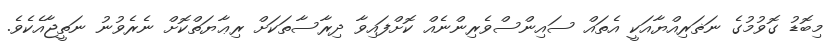
މިބޮޑު ގޮވުމުގެ ނަޡަރިއްޔާއަކީ އެތައް ސައިންސްވެރިންނެއް ކޮށްފައިވާ ދިރާސާތަކަށް ރިޢާޔަތްކޮށް ނެރެވުނު ނަތީޖާއެކެވެ.